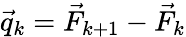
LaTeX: \vec{q}_{k}=\vec{F}_{k+1}-\vec{F}_{k}